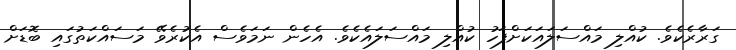
ގަރާރެކެވެ. ކުއްލި މައްސަލައަކަށްފަހު ކުއްލި މައްސަލައެކެވެ. އެެހެން ނަމަވެސް އެކުރެވޭ މަސައްކަތުގައި ބޮޑަށް